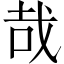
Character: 哉